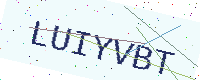
Text: LUIYVBT